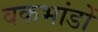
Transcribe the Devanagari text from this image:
वकभांडों